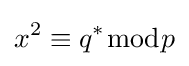
x^{2}\equiv q^{*}{\bmod {p}}